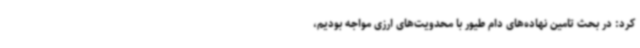
کرد: در بحث تامین نهاده‌های دام طیور با محدویت‌های ارزی مواجه بودیم،